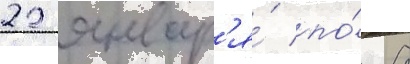
22 январ'я́ по́ 8